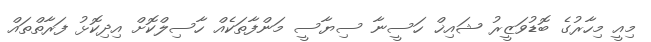
މިއީ މިހާރުގެ ބޮޑުވަޒީރު ޝައިޚް ހަސީނާ ސިޔާސީ މަންފާތަކެއް ހާސިލްކޮށް އިދިކޮޅު ފަރާތްތައް